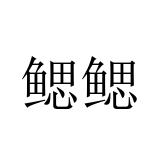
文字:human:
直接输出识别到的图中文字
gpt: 鳃鳃